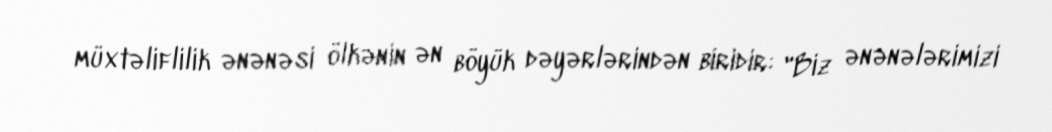
müxtəliflilik ənənəsi ölkənin ən böyük dəyərlərindən biridir: "Biz ənənələrimizi